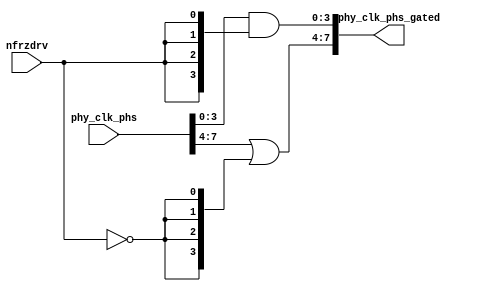
// SPDX-License-Identifier: Apache-2.0
// Copyright (C) 2019 Intel Corporation. 
//------------------------------------------------------------------------
//
// Revision:    $Revision: #1 $
//------------------------------------------------------------------------
// Description: gated 8 clock phases for powerdown and regulator power domain crossing
//
//------------------------------------------------------------------------

module io_pa_phs_gated (
input          nfrzdrv,           	// power down active low
input    [7:0] phy_clk_phs,             // 8 phase 1.6GHz local clock
output   [7:0] phy_clk_phs_gated        // gated 8 phase 1.6GHz local clock
);

`ifdef TIMESCALE_EN
                timeunit 1ps;
                timeprecision 1ps;
`endif

parameter  INV_DELAY      = 15;  // 15ps

assign #(2 * INV_DELAY) phy_clk_phs_gated[3:0] = phy_clk_phs[3:0] & {4{nfrzdrv}};
assign #(2 * INV_DELAY) phy_clk_phs_gated[7:4] = phy_clk_phs[7:4] | {4{~nfrzdrv}};

endmodule